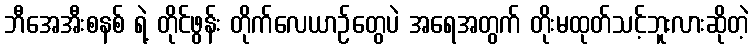
ဘီအေအီးစနစ် ရဲ့ တိုင်ဖွန်း တိုက်လေယာဉ်တွေပဲ အရေအတွက် တိုးမထုတ်သင့်ဘူးလားဆိုတဲ့